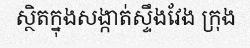
ស្ថិតក្នុងសង្កាត់ស្ទឹងវែង ក្រុង